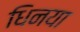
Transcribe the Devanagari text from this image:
धिनया